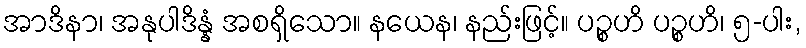
အာဒိနာ၊ အနုပါဒိန္နံ အစရှိသော။ နယေန၊ နည်းဖြင့်။ ပဉ္စဟိ ပဉ္စဟိ၊ ၅-ပါး,